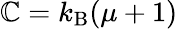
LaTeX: \mathbb{C}=k_{\mathrm{{B}}}(\mu+1)